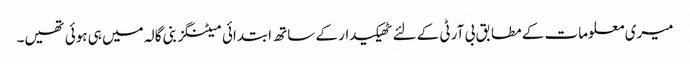
میری معلومات کے مطابق بی آر ٹی کے لئے ٹھیکیدار کے ساتھ ابتدائی میٹنگز بنی گالہ میں ہی ہوئی تھیں۔